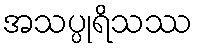
အသပ္ပုရိသဿ